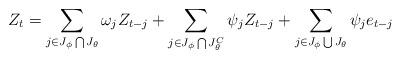
LaTeX: \begin{align*}Z_{t}=\sum_{j\in J_{\phi}\bigcap J_{\theta}}\omega_{j} Z_{t-j} + \sum_{j\in J_{\phi}\bigcap J_{\theta}^C}\psi_{j} Z_{t-j} + \sum_{j \in J_{\phi}\bigcup J_{\theta}}\psi_j e_{t-j}\end{align*}